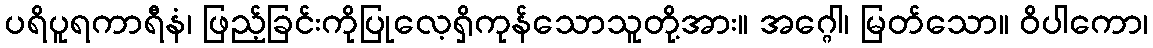
ပရိပူရကာရီနံ၊ ဖြည့်ခြင်းကိုပြုလေ့ရှိကုန်သောသူတို့အား။ အဂ္ဂေါ၊ မြတ်သော။ ဝိပါကော၊